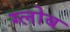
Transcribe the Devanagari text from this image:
ग्‍लोब